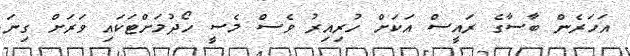
އަހަރެން ބާސާގެ ރައީސް އަކަށް ހުރިއިރު ވެސް މެސީ ހޯދުމަށްޓަކައި ވަރަށް ގިނަ